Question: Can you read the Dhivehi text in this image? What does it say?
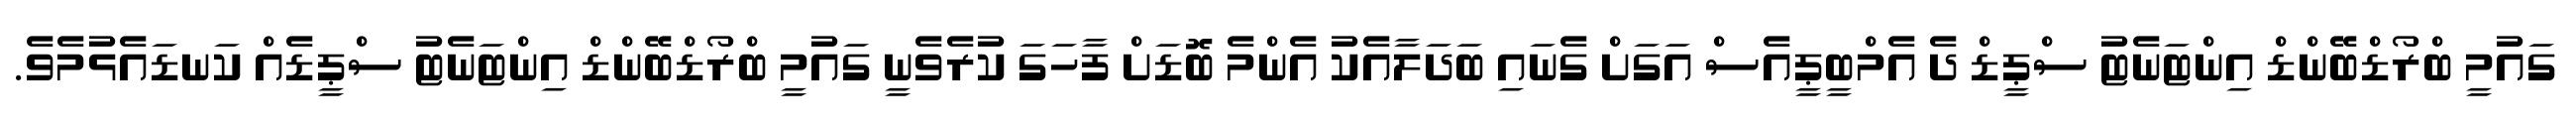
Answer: ގައުމީ ބްރޯޑްބޭންޑް އިންޓަނެޓު ސްޕީޑް ދެ އެމްބީޕީއެސް އަގަށް ގެނައި ބަދަލާއެކު އެންމެ ބޮޑަށް ފާހަގަ ކުރެވެނީ ގައުމީ ބްރޯޑްބޭންޑް އިންޓަނެޓު ސްޕީޑެއް ކަނޑައެޅުމެވެ.